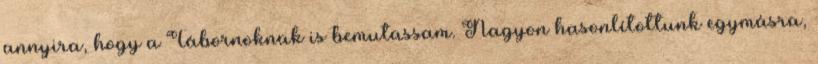
annyira, hogy a Tábornoknak is bemutassam. Nagyon hasonlítottunk egymásra,